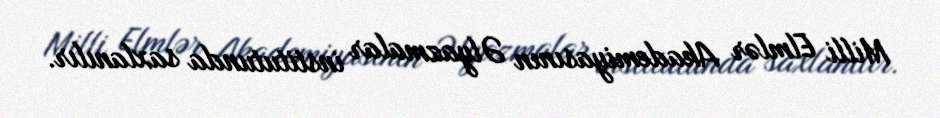
Milli Elmlər Akademiyasının Əlyazmalar institutunda saxlanılır.